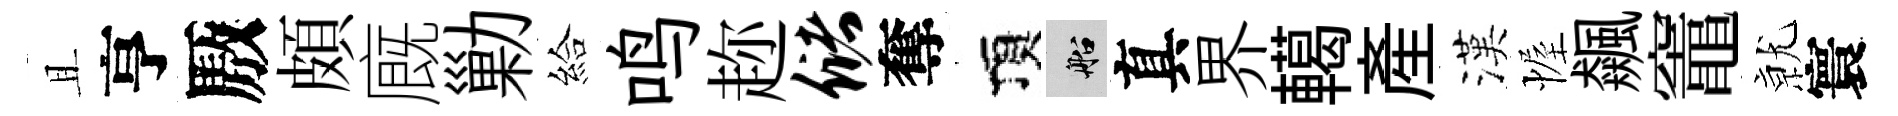
且亨厫頗廐勦給鸣趂储奪頂船真界轕産漢幄飆竈𭕒寰